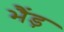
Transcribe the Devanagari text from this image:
भैंड़